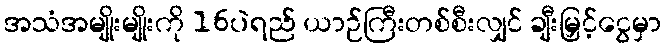
အသံအမျိုးမျိုးကို 16ပဲရည် ယာဉ်ကြီးတစ်စီးလျှင် ချီးမြှင့်ငွေမှာ